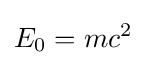
E_{0}=mc^{2}